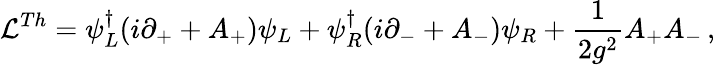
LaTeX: {\cal L}^{Th}=\psi_{L}^{\dagger}(i\partial_{+}+A_{+})\psi_{L}+\psi_{R}^{\dagger}(i\partial_{-}+A_{-})\psi_{R}+{\frac{1}{2g^{2}}}A_{+}A_{-}\, ,